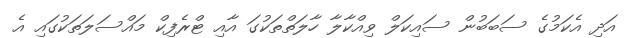
އަދި އެކަމުގެ ސަބަބުން ސައިކަލް ވިއްކާލާ ހާލަތްތަކުގަ އާއި ޓްރެފިކް މައްސަލަތަކުގައި އެ